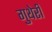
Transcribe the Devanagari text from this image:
गुथेरी